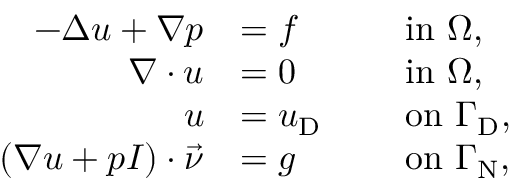
\begin{array} { r l r l } { - \Delta u + \nabla p } & { = f } & & { \mathrm { ~ i n ~ } \Omega , } \\ { \nabla \cdot u } & { = 0 } & & { \mathrm { ~ i n ~ } \Omega , } \\ { u } & { = u _ { \textup D } } & & { \mathrm { ~ o n ~ } \Gamma _ { \textup D } , } \\ { ( \nabla u + p I ) \cdot \ensuremath { \vec { \nu } } } & { = g } & & { \mathrm { ~ o n ~ } \Gamma _ { \textup N } , } \end{array}